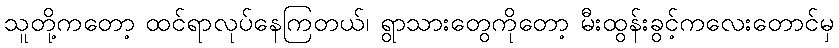
သူတို့ကတော့ ထင်ရာလုပ်နေကြတယ်၊ ရွာသားတွေကိုတော့ မီးထွန်းခွင့်ကလေးတောင်မှ